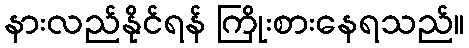
နားလည်နိုင်ရန် ကြိုးစားနေရသည်။